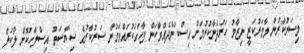
މިސަރުކާރުން ލާމަރުކަޒީ ނިޒާމު ހަރުދަނާކުރުމަށް އިސްކަންދެއްވާކަން ފާހަގަކުރައްވަމުން ސަރުކާރުގެ ސިޔާސަތު އިސްލާހުކޮށް ލޯކަލް